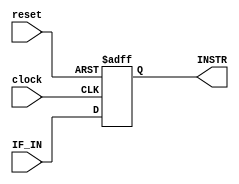
// file IF_ID.v

module IF_ID(
	input wire [31:0] IF_IN,
	input wire clock,
	input wire reset,
	output reg [31:0] INSTR);
	
	// set INSTR to IF_IN on the rising edge of the clock
	always @(posedge clock or posedge reset) begin
		if(reset) begin
			INSTR <= 32'd0;
		end else begin
			INSTR <= IF_IN;
		end
	end
	
	
endmodule